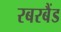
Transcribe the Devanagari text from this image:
रबरबैंड